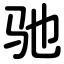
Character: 驰